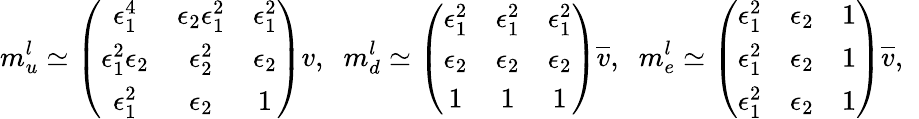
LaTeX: m_{u}^{l}\simeq\left(\begin{array}{ccc}{{\epsilon_{1}^{4}}}&{{\epsilon_{2}\epsilon_{1}^{2}}}&{{\epsilon_{1}^{2}}}\\ {{\epsilon_{1}^{2}\epsilon_{2}}}&{{\epsilon_{2}^{2}}}&{{\epsilon_{2}}}\\ {{\epsilon_{1}^{2}}}&{{\epsilon_{2}}}&{{1}}\end{array}\right)v,\; \; m_{d}^{l}\simeq\left(\begin{array}{ccc}{{\epsilon_{1}^{2}}}&{{\epsilon_{1}^{2}}}&{{\epsilon_{1}^{2}}}\\ {{\epsilon_{2}}}&{{\epsilon_{2}}}&{{\epsilon_{2}}}\\ {{1}}&{{1}}&{{1}}\end{array}\right)\overline{{{v}}},\; \; m_{e}^{l}\simeq\left(\begin{array}{ccc}{{\epsilon_{1}^{2}}}&{{\epsilon_{2}}}&{{1}}\\ {{\epsilon_{1}^{2}}}&{{\epsilon_{2}}}&{{1}}\\ {{\epsilon_{1}^{2}}}&{{\epsilon_{2}}}&{{1}}\end{array}\right)\overline{{{v}}},\; \;